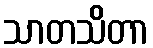
သာတသိတာ